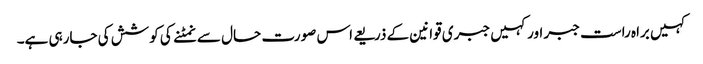
کہیں براہ راست جبر اور کہیں جبری قوانین کے ذریعے اس صورت حال سے نمٹنے کی کوشش کی جارہی ہے۔